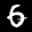
Label: 6